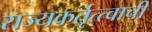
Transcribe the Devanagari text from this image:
राज्यकर्तृत्त्वाची